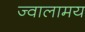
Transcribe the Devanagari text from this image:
ज्वालामय